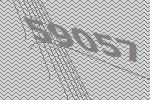
59057